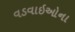
વડવાઇઓના